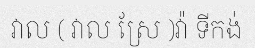
វាល ( វាល ស្រែ )វ៉ា ទីកង់